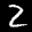
Label: 2